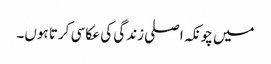
میں چونکہ اصلی زندگی کی عکاسی کرتا ہوں۔